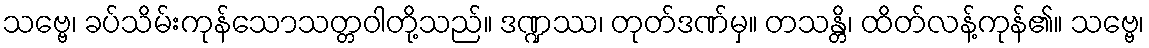
သဗ္ဗေ၊ ခပ်သိမ်းကုန်သောသတ္တဝါတို့သည်။ ဒဏ္ဍဿ၊ တုတ်ဒဏ်မှ။ တသန္တိ၊ ထိတ်လန့်ကုန်၏။ သဗ္ဗေ၊